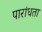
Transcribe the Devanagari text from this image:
पारांधता